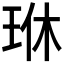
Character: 𪻜